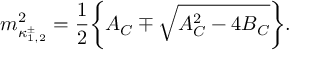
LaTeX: m _ { \kappa _ { 1 , 2 } ^ { \pm } } ^ { 2 } = \frac { 1 } { 2 } \bigg \{ { \cal A } _ { C } \mp \sqrt { { \cal A } _ { C } ^ { 2 } - 4 { \cal B } _ { C } } \bigg \} .